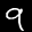
Label: 9